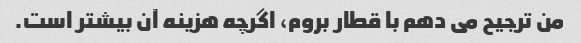
من ترجیح می دهم با قطار بروم، اگرچه هزینه آن بیشتر است.